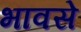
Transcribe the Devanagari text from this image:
भावसे